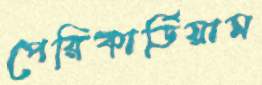
পেরিকার্ডিয়াম